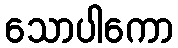
သောပါကော